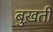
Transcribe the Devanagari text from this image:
बुख़ती